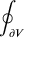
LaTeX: \oint _ { \partial V }